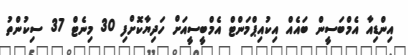
އިންޑިއާ އެމްބަސީން ބައެއް އިކުއިޕްމަންޓް އެމްބީސީއަށް ހަދިޔާކޮށްފި 30 މިނެޓް 37 ސިކުންތު